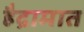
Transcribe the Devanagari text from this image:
हैद्रामात